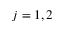
j = 1 , 2